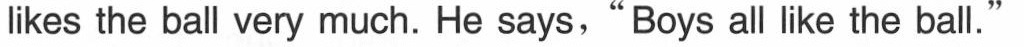
lkes the ball very much. He says,"Boys all like the ball."